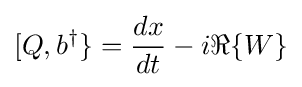
[Q,b^{\dagger }\}={\frac {dx}{dt}}-i\Re \{W\}